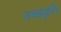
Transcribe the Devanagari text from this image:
उच्छवृत्ति